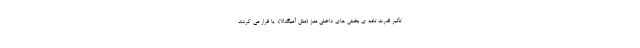
تأثیر قدرت تامه ی بخش های داخلی مغز (مثل آمیگدالا)، یا فرار می کردند